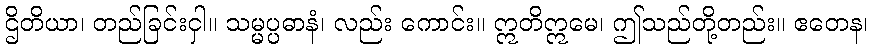
ဌိတိယာ၊ တည်ခြင်းငှါ။ သမ္မပ္ပဓာနံ၊ လည်း ကောင်း။ ဣတိဣမေ၊ ဤသည်တို့တည်း။ ဧတေန၊